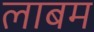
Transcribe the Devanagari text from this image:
लाबम